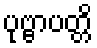
ပုဗ္ဗာပတ္တိ